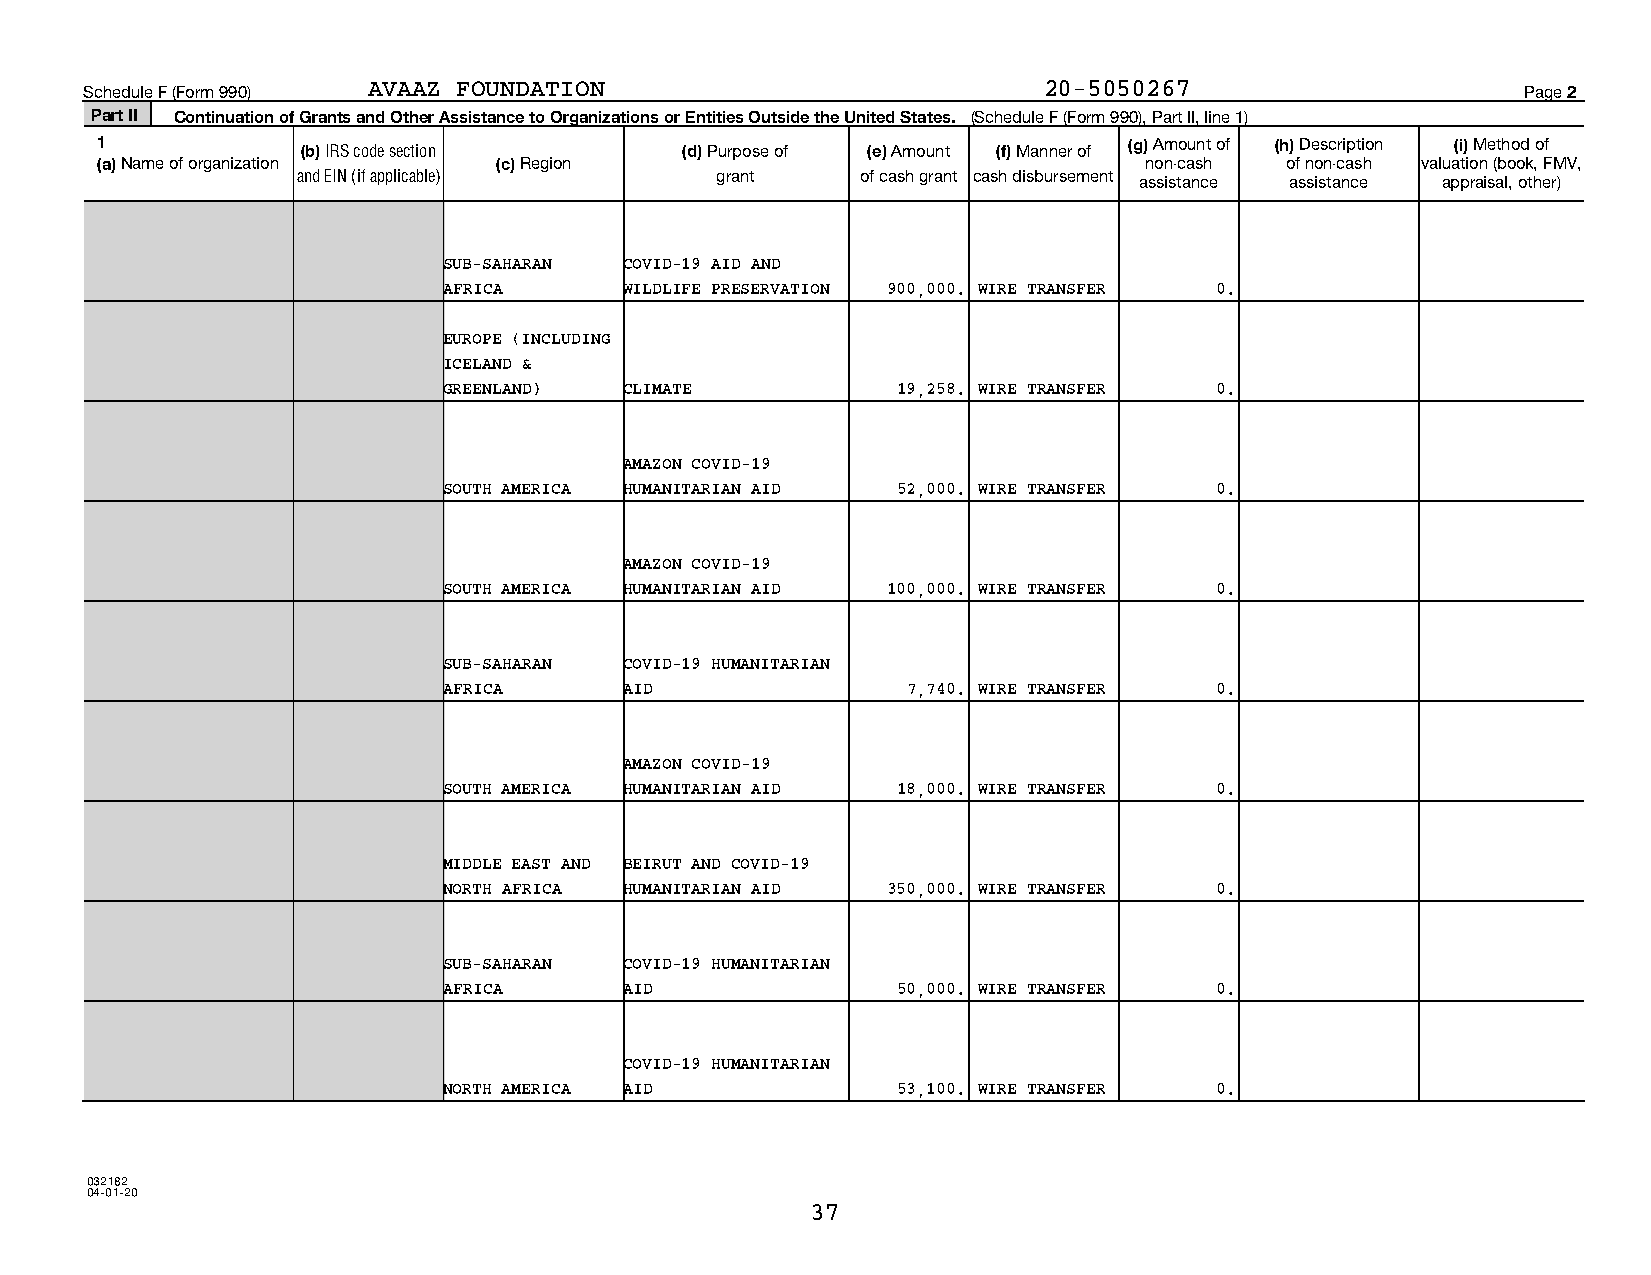
Schedule F (Form 990) AVAAZ FOUNDATION                         20-5050267                      Page 2
 Part II Continuation of Grants and Other Assistance to Organizations or Entities Outside the United States. (Schedule F (Form 990), Part II, line 1)
 1             (b) IRS code section     (d) Purpose of (e) Amount (f) Manner of (g) Amount of (h) Description (i) Method of
 (a) Name of organization   (c) Region                                 non-cash of non-cash valuation (book, FMV,
 and EIN (if applicable)    grant     of cash grant cash disbursement assistance assistance appraisal, other)
 SUB-SAHARAN COVID-19 AID AND
 AFRICA      WILDLIFE PRESERVATION 900,000. WIRE TRANSFER 0.
 EUROPE (INCLUDING
 ICELAND &
 GREENLAND)  CLIMATE           19,258. WIRE TRANSFER 0.
 AMAZON COVID-19
 SOUTH AMERICA HUMANITARIAN AID 52,000. WIRE TRANSFER 0.
 AMAZON COVID-19
 SOUTH AMERICA HUMANITARIAN AID 100,000. WIRE TRANSFER 0.
 SUB-SAHARAN COVID-19 HUMANITARIAN
 AFRICA      AID                7,740. WIRE TRANSFER 0.
 AMAZON COVID-19
 SOUTH AMERICA HUMANITARIAN AID 18,000. WIRE TRANSFER 0.
 MIDDLE EAST AND BEIRUT AND COVID-19
 NORTH AFRICA HUMANITARIAN AID 350,000. WIRE TRANSFER 0.
 SUB-SAHARAN COVID-19 HUMANITARIAN
 AFRICA      AID               50,000. WIRE TRANSFER 0.
 COVID-19 HUMANITARIAN
 NORTH AMERICA AID             53,100. WIRE TRANSFER 0.
 032182
 04-01-20
 37